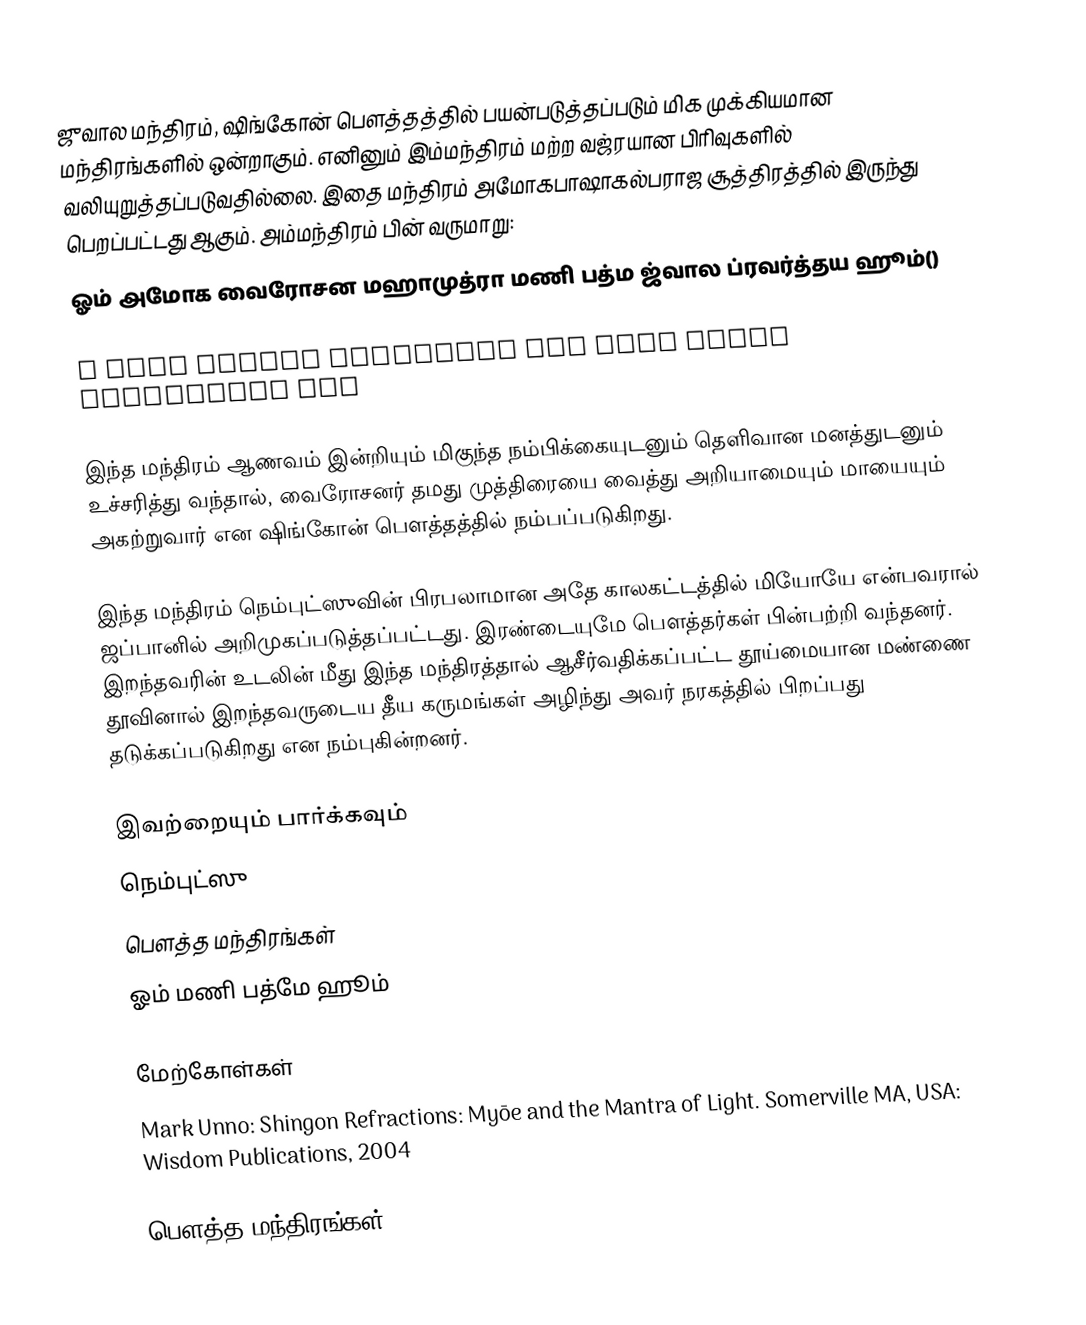
ஜுவால மந்திரம், ஷிங்கோன் பௌத்தத்தில் பயன்படுத்தப்படும் மிக முக்கியமான மந்திரங்களில் ஒன்றாகும். எனினும் இம்மந்திரம் மற்ற வஜ்ரயான பிரிவுகளில் வலியுறுத்தப்படுவதில்லை. இதை மந்திரம் அமோகபாஷாகல்பராஜ சூத்திரத்தில் இருந்து பெறப்பட்டது ஆகும். அம்மந்திரம் பின் வருமாறு:
 ஓம் அமோக வைரோசன மஹாமுத்ரா மணி பத்ம ஜ்வால ப்ரவர்த்தய ஹூம்()

 ॐ अमोघ वैरोचन महामुद्रा मणि पद्म ज्वाल प्रवर्त्तय हूँ

இந்த மந்திரம் ஆணவம் இன்றியும் மிகுந்த நம்பிக்கையுடனும் தெளிவான மனத்துடனும் உச்சரித்து வந்தால், வைரோசனர் தமது முத்திரையை வைத்து அறியாமையும் மாயையும் அகற்றுவார் என ஷிங்கோன் பௌத்தத்தில் நம்பப்படுகிறது.

இந்த மந்திரம் நெம்புட்ஸுவின் பிரபலாமான அதே காலகட்டத்தில் மியோயே என்பவரால் ஜப்பானில் அறிமுகப்படுத்தப்பட்டது. இரண்டையுமே பௌத்தர்கள் பின்பற்றி வந்தனர். இறந்தவரின் உடலின் மீது இந்த மந்திரத்தால் ஆசீர்வதிக்கப்பட்ட தூய்மையான மண்ணை தூவினால் இறந்தவருடைய தீய கருமங்கள் அழிந்து அவர் நரகத்தில் பிறப்பது தடுக்கப்படுகிறது என நம்புகின்றனர்.

இவற்றையும் பார்க்கவும்
நெம்புட்ஸு
பௌத்த மந்திரங்கள்
ஓம் மணி பத்மே ஹூம்

மேற்கோள்கள்
Mark Unno: Shingon Refractions: Myōe and the Mantra of Light. Somerville MA, USA: Wisdom Publications, 2004

பௌத்த மந்திரங்கள்